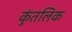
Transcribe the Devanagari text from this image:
कुंतलिक